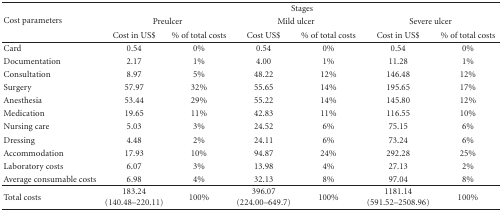
<table><thead><tr><td rowspan="3"><b>Cost parameters</b></td><td colspan="6"><b>Stages</b></td></tr><tr><td colspan="2"><b>Preulcer</b></td><td colspan="2"><b>Mild ulcer</b></td><td colspan="2"><b>Severe ulcer</b></td></tr><tr><td><b>Cost in US$</b></td><td><b>% of total costs</b></td><td><b>Cost US$</b></td><td><b>% of total costs</b></td><td><b>Cost in US$</b></td><td><b>% of total costs</b></td></tr></thead><tbody><tr><td>Card</td><td>0.54</td><td>0%</td><td>0.54</td><td>0%</td><td>0.54</td><td>0%</td></tr><tr><td>Documentation</td><td>2.17</td><td>1%</td><td>4.00</td><td>1%</td><td>11.28</td><td>1%</td></tr><tr><td>Consultation</td><td>8.97</td><td>5%</td><td>48.22</td><td>12%</td><td>146.48</td><td>12%</td></tr><tr><td>Surgery</td><td>57.97</td><td>32%</td><td>55.65</td><td>14%</td><td>195.65</td><td>17%</td></tr><tr><td>Anesthesia</td><td>53.44</td><td>29%</td><td>55.22</td><td>14%</td><td>145.80</td><td>12%</td></tr><tr><td>Medication</td><td>19.65</td><td>11%</td><td>42.83</td><td>11%</td><td>116.55</td><td>10%</td></tr><tr><td>Nursing care</td><td>5.03</td><td>3%</td><td>24.52</td><td>6%</td><td>75.15</td><td>6%</td></tr><tr><td>Dressing</td><td>4.48</td><td>2%</td><td>24.11</td><td>6%</td><td>73.24</td><td>6%</td></tr><tr><td>Accommodation</td><td>17.93</td><td>10%</td><td>94.87</td><td>24%</td><td>292.28</td><td>25%</td></tr><tr><td>Laboratory costs</td><td>6.07</td><td>3%</td><td>13.98</td><td>4%</td><td>27.13</td><td>2%</td></tr><tr><td>Average consumable costs</td><td>6.98</td><td>4%</td><td>32.13</td><td>8%</td><td>97.04</td><td>8%</td></tr><tr><td>Total costs</td><td>183.24 (140.48–220.11)</td><td>100%</td><td>396.07 (224.00–649.7)</td><td>100%</td><td>1181.14 (591.52–2508.96)</td><td>100%</td></tr></tbody></table>